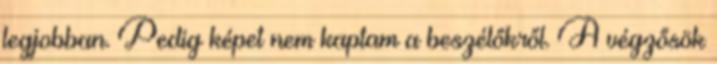
legjobban. Pedig képet nem kaptam a beszélőkről. A végzősök